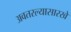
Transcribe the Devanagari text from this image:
अवतरल्यासारखे